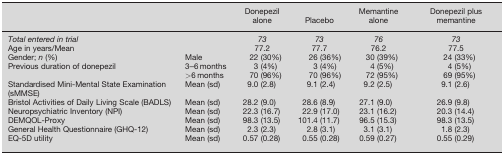
<table><thead><tr><td></td><td></td><td><b>Donepezil alone</b></td><td><b>Placebo</b></td><td><b>Memantine alone</b></td><td><b>Donepezil plus memantine</b></td></tr></thead><tbody><tr><td><i>Total entered in trial</i></td><td></td><td><i>73</i></td><td><i>73</i></td><td><i>76</i></td><td><i>73</i></td></tr><tr><td>Age in years/Mean</td><td></td><td>77.2</td><td>77.7</td><td>76.2</td><td>77.5</td></tr><tr><td>Gender; <i>n</i> (%)</td><td>Male</td><td>22 (30%)</td><td>26 (36%)</td><td>30 (39%)</td><td>24 (33%)</td></tr><tr><td rowspan="2">Previous duration of donepezil</td><td>3–6 months</td><td>3 (4%)</td><td>3 (4%)</td><td>4 (5%)</td><td>4 (5%)</td></tr><tr><td>&gt;6 months</td><td>70 (96%)</td><td>70 (96%)</td><td>72 (95%)</td><td>69 (95%)</td></tr><tr><td>Standardised Mini‐Mental State Examination (sMMSE)</td><td>Mean (sd)</td><td>9.0 (2.8)</td><td>9.1 (2.4)</td><td>9.2 (2.5)</td><td>9.1 (2.6)</td></tr><tr><td>Bristol Activities of Daily Living Scale (BADLS)</td><td>Mean (sd)</td><td>28.2 (9.0)</td><td>28.6 (8.9)</td><td>27.1 (9.0)</td><td>26.9 (9.8)</td></tr><tr><td>Neuropsychiatric Inventory (NPI)</td><td>Mean (sd)</td><td>22.3 (16.7)</td><td>22.9 (17.0)</td><td>23.1 (16.2)</td><td>20.3 (14.4)</td></tr><tr><td>DEMQOL‐Proxy</td><td>Mean (sd)</td><td>98.3 (13.5)</td><td>101.4 (11.7)</td><td>96.5 (15.3)</td><td>98.3 (13.5)</td></tr><tr><td>General Health Questionnaire (GHQ‐12)</td><td>Mean (sd)</td><td>2.3 (2.3)</td><td>2.8 (3.1)</td><td>3.1 (3.1)</td><td>1.8 (2.3)</td></tr><tr><td>EQ‐5D utility</td><td>Mean (sd)</td><td>0.57 (0.28)</td><td>0.55 (0.28)</td><td>0.59 (0.27)</td><td>0.55 (0.29)</td></tr></tbody></table>